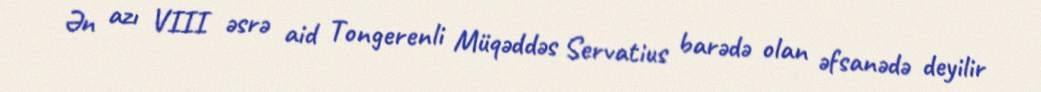
Ən azı VIII əsrə aid Tongerenli Müqəddəs Servatius barədə olan əfsanədə deyilir